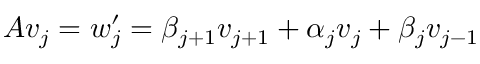
A v _ { j } = w _ { j } ^ { \prime } = \beta _ { j + 1 } v _ { j + 1 } + \alpha _ { j } v _ { j } + \beta _ { j } v _ { j - 1 }